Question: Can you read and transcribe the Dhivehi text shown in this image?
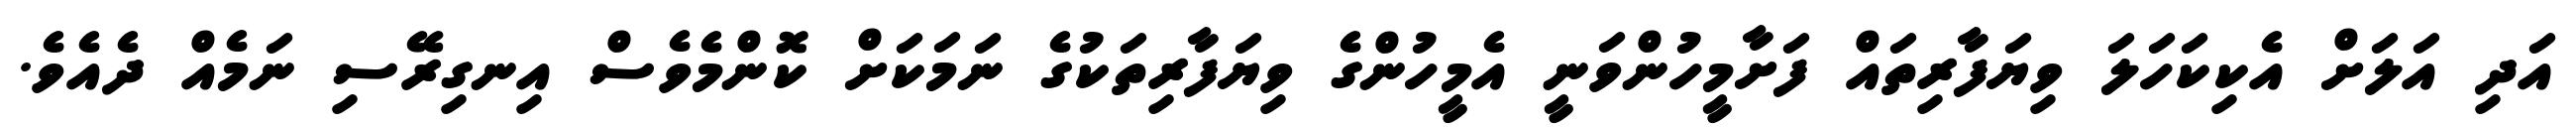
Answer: އަދި އަލަށް އެކިކަހަލަ ވިޔަފާރިތައް ފަށާމީހުންވަނީ އެމީހުންގެ ވިޔަފާރިތަކުގެ ނަމަކަށް ކޮންމެވެސް އިނގިރޭސި ނަމެއް ދެއެވެ.